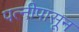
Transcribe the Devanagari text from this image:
पत्‍नीपासून